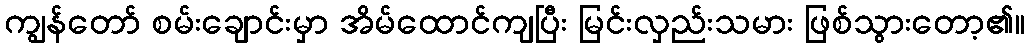
ကျွန်တော် စမ်းချောင်းမှာ အိမ်ထောင်ကျပြီး မြင်းလှည်းသမား ဖြစ်သွားတော့၏။